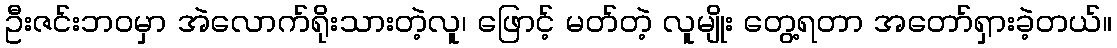
ဦးဇင်းဘဝမှာ အဲလောက်ရိုးသားတဲ့လူ၊ ဖြောင့် မတ်တဲ့ လူမျိုး တွေ့ရတာ အတော်ရှားခဲ့တယ်။